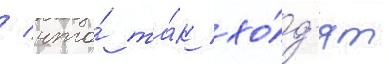
/ что́ та́к хо́д'ят